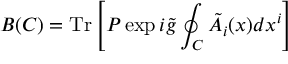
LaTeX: B ( C ) = \mathrm { T r } \left[ P \exp i \tilde { g } \oint _ { C } \tilde { A } _ { i } ( x ) d x ^ { i } \right]